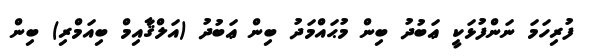
ފުރިހަމަ ނަންފުޅަކީ ޢަބުދު ބިން މުޙައްމަދު ބިން ޢަބުދު (އަލްޤާއިމް ބިއަމްރި) ބިން